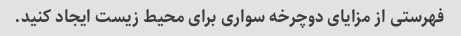
فهرستی از مزایای دوچرخه سواری برای محیط زیست ایجاد کنید.